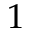
1